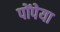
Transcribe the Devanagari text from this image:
पोंपेया